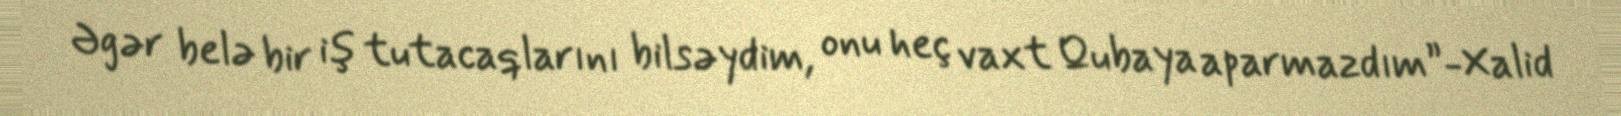
Əgər belə bir iş tutacaqlarını bilsəydim, onu heç vaxt Qubaya aparmazdım”-Xalid